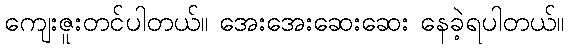
ကျေးဇူးတင်ပါတယ်။ အေးအေးဆေးဆေး နေခဲ့ရပါတယ်။